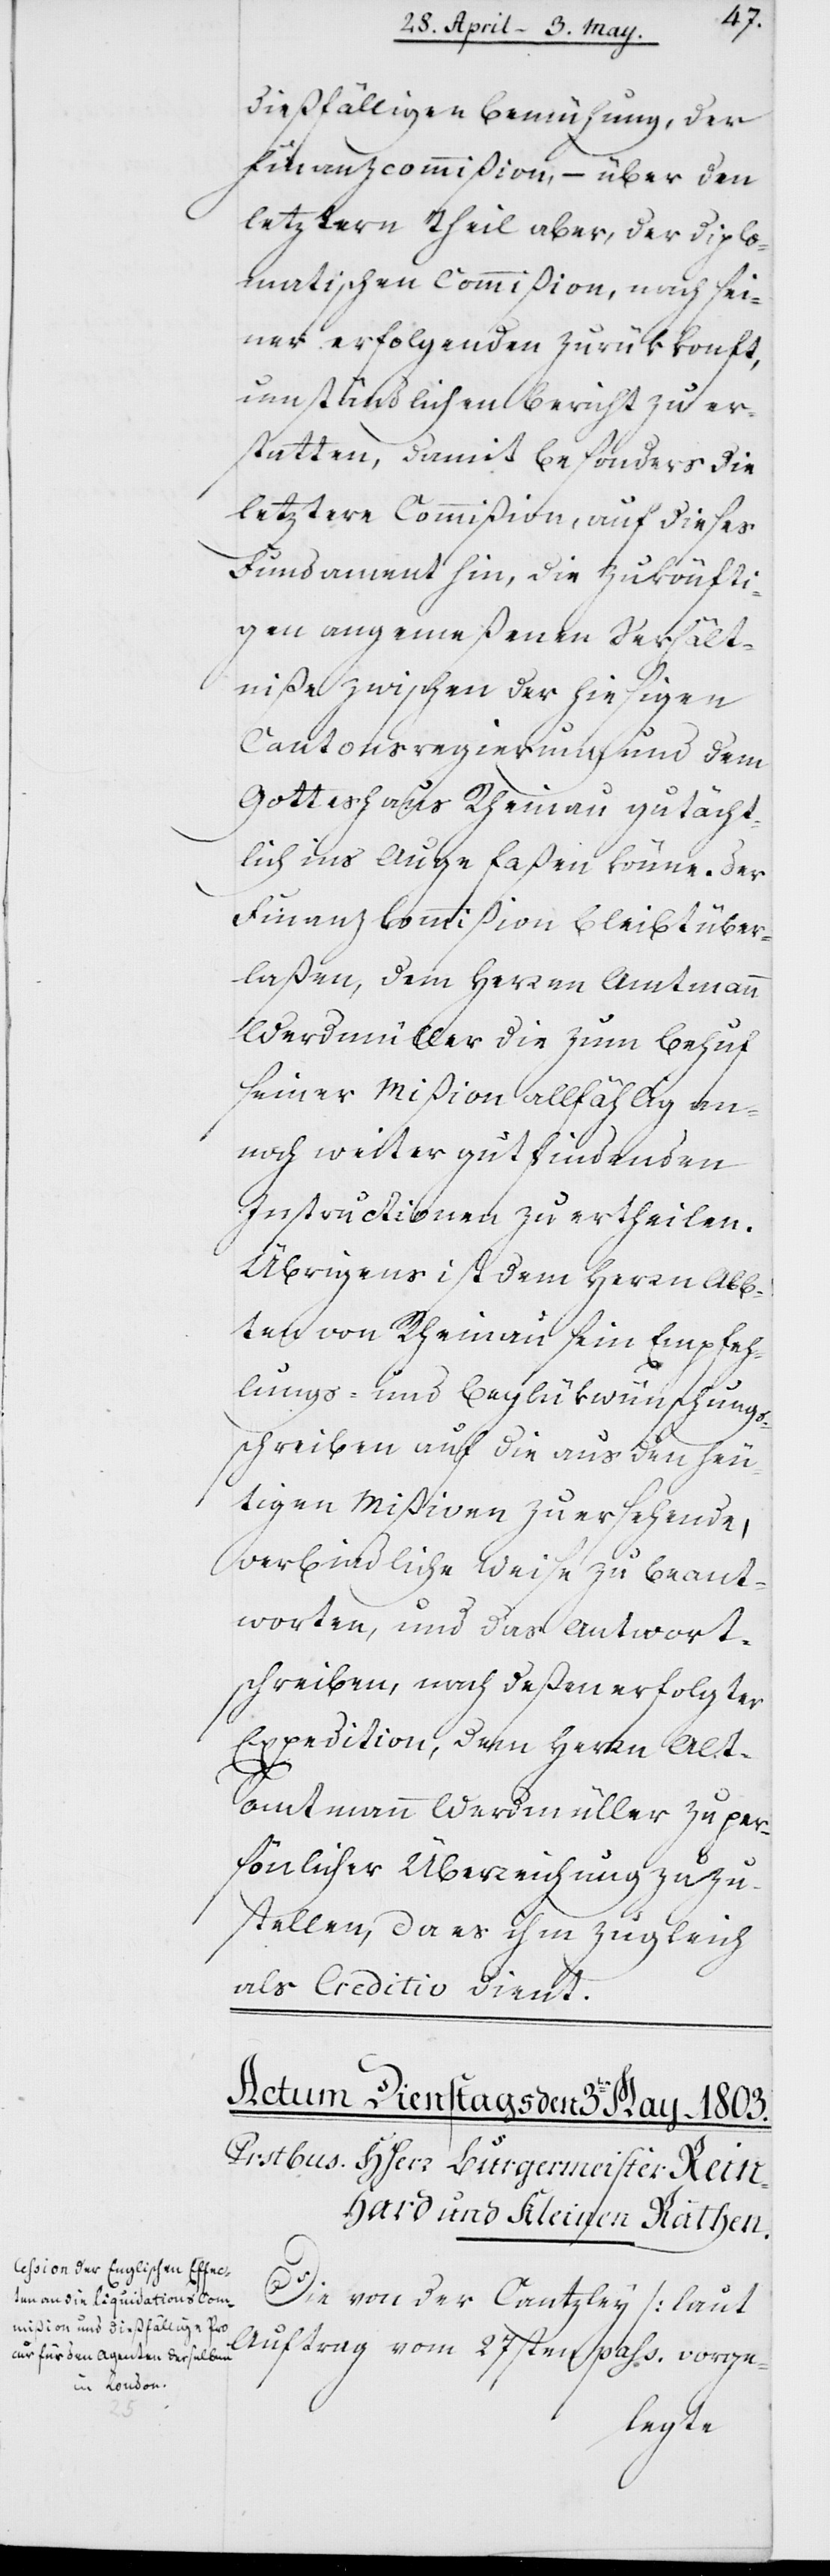
dießfälligen Bemühung, der
Finanzcommißion, – über den
letztern Theil aber der diplo¬
matischen Kommißion, nach sei¬
ner erfolgenden Zurückkonft,
umständlichen Bericht zu er¬
statten, damit besonders die
letztere Commißion, auf dieses
Fundament hin, die zukönfti¬
gen angemeßenen Verhält¬
niße zwischen der hiesigen
Cantonsregierung und dem
Gotteshaus Rheinau gutächt¬
lich ins Auge faßen könne. Der
Finanzkommißion bleibt über¬
laßen, dem Herrn Amtmann
Werdmüller die zum Behuf
seiner Mißion allfählig an¬
noch weiter gut findenden
Instructionen zu ertheilen.
Übrigens ist dem Herrn Abt¬
ten von Rheinau sein Empfeh¬
lungs- und Beglükwünschung¬
s-Schreiben auf die aus den heu¬
tigen Mißiven zu ersehende,
verbindliche Weise zu beant¬
worten, und das Antwort¬
schreiben, nach deßen erfolgter
Expedition, dem Herrn Alt¬
ammann Werdmüller zu per¬
sönlicher Überzeichnung zuzu¬
stellen, da es ihm zugleich
als Creditiv dient.
Die von der Cantzley (laut
Auftrag vom 27sten pass.) vorge-